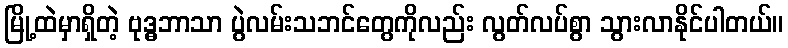
မြို့ထဲမှာရှိတဲ့ ဗုဒ္ဓဘာသာ ပွဲလမ်းသဘင်တွေကိုလည်း လွတ်လပ်စွာ သွားလာနိုင်ပါတယ်။